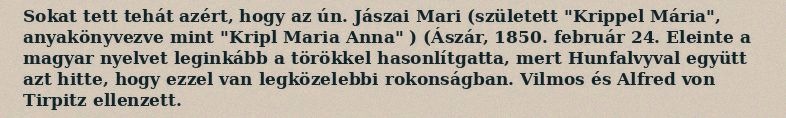
Sokat tett tehát azért, hogy az ún. Jászai Mari (született "Krippel Mária", anyakönyvezve mint "Kripl Maria Anna" ) (Ászár, 1850. február 24. Eleinte a magyar nyelvet leginkább a törökkel hasonlítgatta, mert Hunfalvyval együtt azt hitte, hogy ezzel van legközelebbi rokonságban. Vilmos és Alfred von Tirpitz ellenzett.